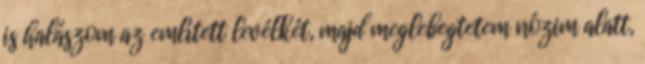
is halászom az említett levélkét, majd meglebegtetem nózim alatt,